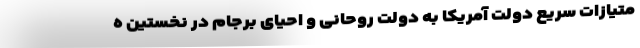
متیازات سریع دولت آمریکا به دولت روحانی و احیای برجام در نخستین ه